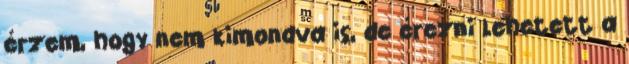
érzem, hogy nem kimondva is, de érezni lehetett a